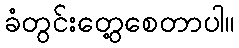
ခံတွင်းတွေ့စေတာပါ။